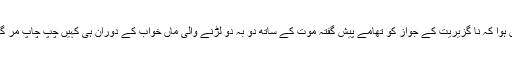
کچھ یوں ہوا کہ نا گزیریت کے جواز کو تھامے پیش گفتہ موت کے ساتھ دُو بہ دُو لڑنے والی ماں خواب کے دوران ہی کہیں چپ چاپ مر گئی تھی۔